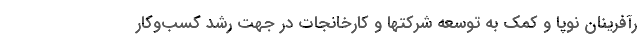
رآفرینان نوپا و کمک به توسعه شرکتها و کارخانجات در جهت رشد کسب‌وکار